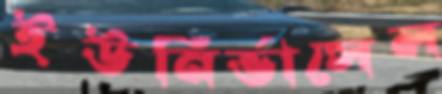
ইউনির্ভাসেল